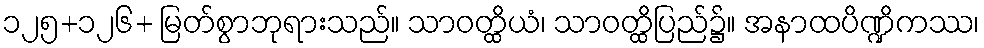
၁၂၅+၁၂၆+ မြတ်စွာဘုရားသည်။ သာဝတ္ထိယံ၊ သာဝတ္ထိပြည်၌။ အနာထပိဏ္ဍိကဿ၊